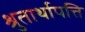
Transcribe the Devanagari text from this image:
श्रुतार्थापत्ति